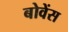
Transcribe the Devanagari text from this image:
बोवेंस